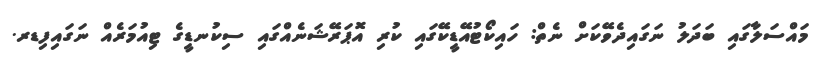
މައްސަލާގައި ބަދަލު ނަގައިދެވޭކަށް ނެތް: ހައިކޯޓުއޭޑީކޭގައި ކުރި އޮޕަރޭޝަނެއްގައި ސިކުނޑީގެ ޓިއުމަރެއް ނަގައިފިޑރ.